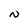
Character: N